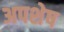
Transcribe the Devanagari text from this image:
अपशेष